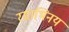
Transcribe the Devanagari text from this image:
रसाभिनय